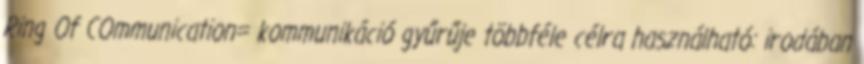
Ring Of COmmunication= kommunikáció gyűrűje többféle célra használható: irodában